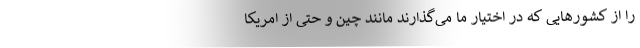
را از کشور‌هایی که در اختیار ما می‌گذارند مانند چین و حتی از امریکا